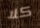
كلا